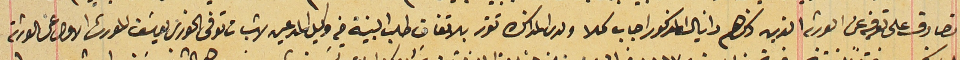
تصادق على تعرفيه عن الورثه الذين ذكرهم دانيال المذكور اجاب كلا ولدى المذاكره تقرر بالاتفاق طلب البينة من وكيل المدعين لاثبات توفى الخوري يوسَف المورث الاول عن الورثة